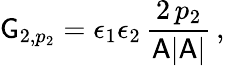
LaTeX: \mathsf{G}_{2,p_{2}}=\epsilon_{1}\epsilon_{2}\, \frac{2\, p_{2}}{\mathsf{A}|\mathsf{A}|}\, ,